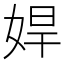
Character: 娨